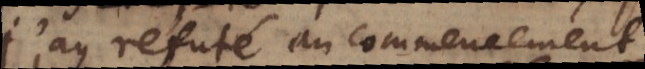
j’ay refuté au commencement